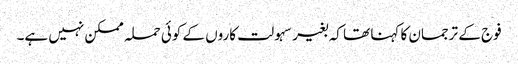
فوج کے ترجمان کا کہنا تھا کہ بغیر سہولت کاروں کے کوئی حملہ ممکن نہیں ہے۔